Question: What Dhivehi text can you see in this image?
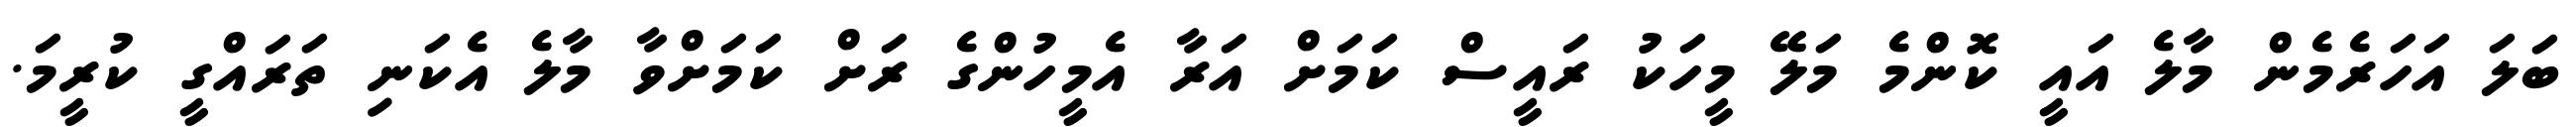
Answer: ބަލަ އަހަރެމެން މާލެ އައީ ކޮންމެ މަލޭ މީހަކު ރައީސް ކަމަށް އަރާ އެމީހުންގެ ރަށް ކަމަށްވާ މާލެ އެކަނި ތަރައްގީ ކުރީމަ.